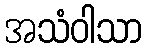
အသံဝါသာ